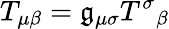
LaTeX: T_{\mu\beta}=\mathfrak{g}_{\mu\sigma}T^{\sigma}{}_{\beta}